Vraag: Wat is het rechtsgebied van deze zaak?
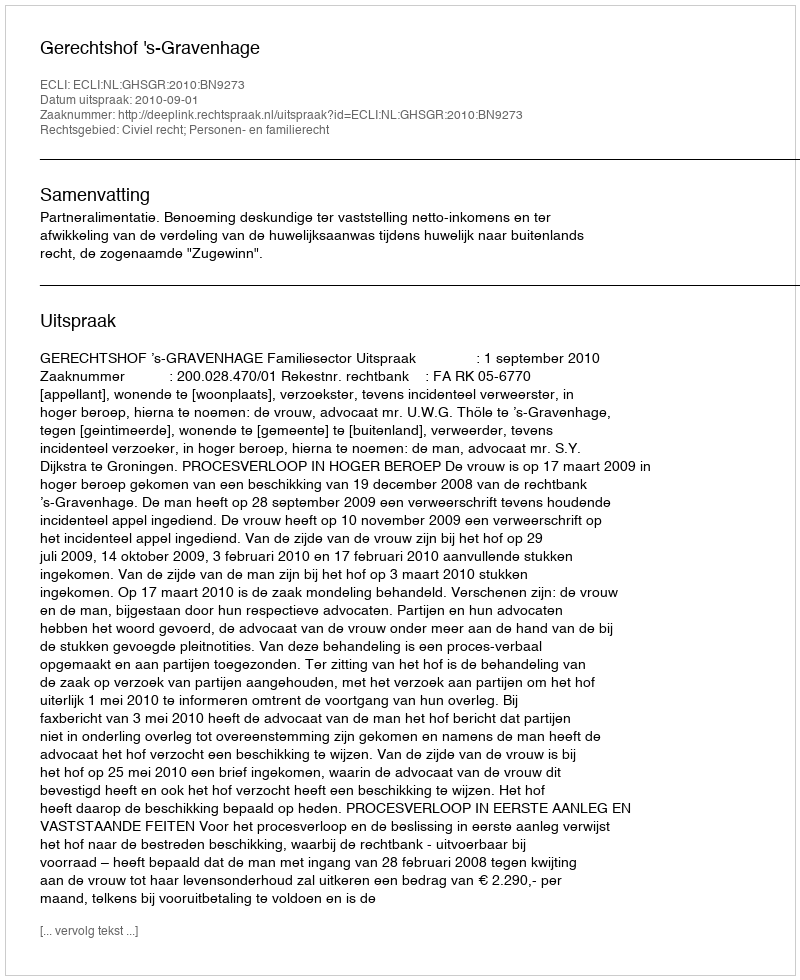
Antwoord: Civiel recht; Personen- en familierecht